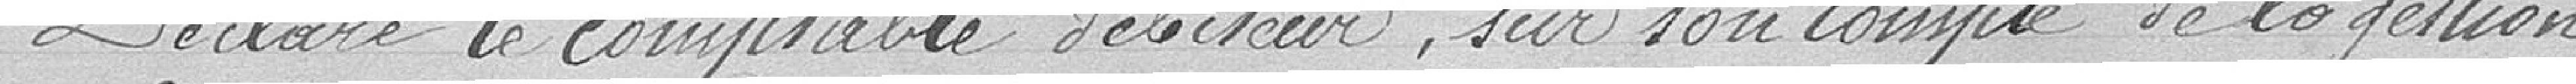
Déclare le comptable débiteur sur son compte de la gestion